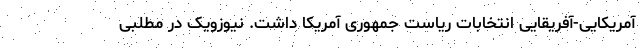
آمریکایی-آفریقایی انتخابات ریاست جمهوری آمریکا داشت. نیوزویک در مطلبی